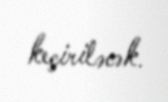
keçiriləcək.